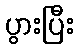
ပွားပြီး